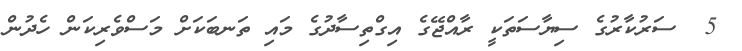
5  ސަރުކާރުގެ ސިޔާސަތަކީ ރާއްޖޭގެ އިގްތިސާދުގެ މައި ތަނބަކަށް މަސްވެރިކަން ހެދުން